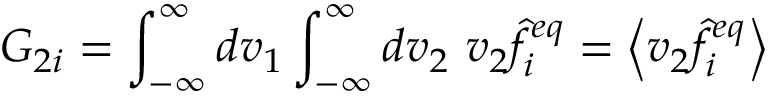
G _ { 2 i } = \int _ { - \infty } ^ { \infty } d v _ { 1 } \int _ { - \infty } ^ { \infty } d v _ { 2 } \ v _ { 2 } \hat { f } _ { i } ^ { e q } = \left\langle v _ { 2 } \hat { f } _ { i } ^ { e q } \right\rangle